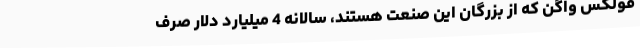
فولکس واگن که از بزرگان این صنعت هستند، سالانه 4 میلیارد دلار صرف